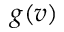
g ( v )